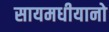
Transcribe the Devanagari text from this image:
सायमधीयानो